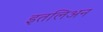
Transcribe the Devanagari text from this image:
इतलिअन